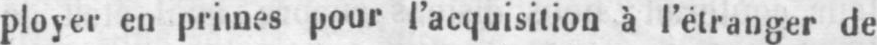
ployer en primes pour l’acquisition à l’étranger de